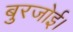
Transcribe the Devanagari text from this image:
बुरजोई।